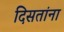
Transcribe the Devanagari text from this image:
दिसतांना